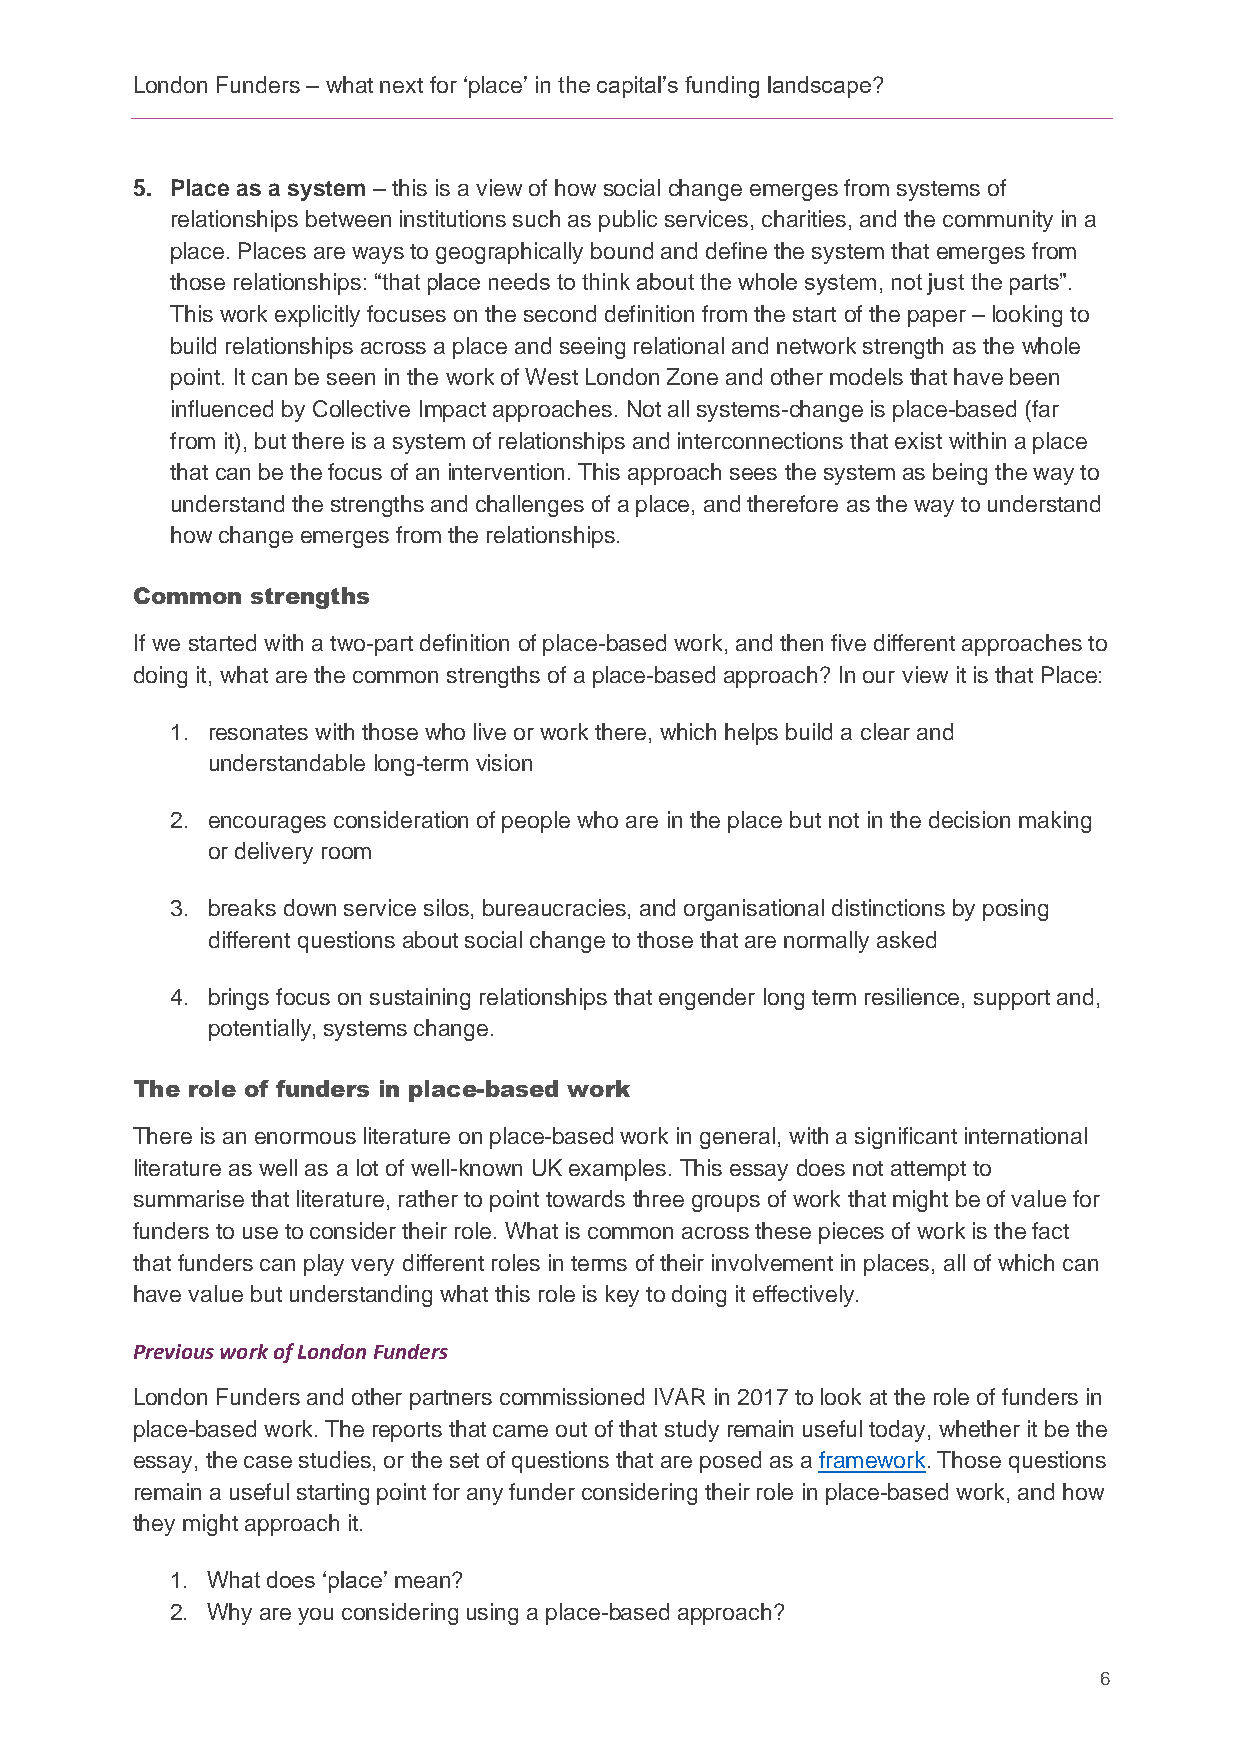
London Funders – what next for ‘place’ in the capital’s funding landscape?
 5. Place as a system – this is a view of how social change emerges from systems of
 relationships between institutions such as public services, charities, and the community in a
 place. Places are ways to geographically bound and define the system that emerges from
 those relationships: “that place needs to think about the whole system, not just the parts”.
 This work explicitly focuses on the second definition from the start of the paper – looking to
 build relationships across a place and seeing relational and network strength as the whole
 point. It can be seen in the work of West London Zone and other models that have been
 influenced by Collective Impact approaches. Not all systems-change is place-based (far
 from it), but there is a system of relationships and interconnections that exist within a place
 that can be the focus of an intervention. This approach sees the system as being the way to
 understand the strengths and challenges of a place, and therefore as the way to understand
 how change emerges from the relationships.
 Common  strengths
 If we started with a two-part definition of place-based work, and then five different approaches to
 doing it, what are the common strengths of a place-based approach? In our view it is that Place:
 1. resonates with those who live or work there, which helps build a clear and
 understandable long-term vision
 2. encourages consideration of people who are in the place but not in the decision making
 or delivery room
 3. breaks down service silos, bureaucracies, and organisational distinctions by posing
 different questions about social change to those that are normally asked
 4. brings focus on sustaining relationships that engender long term resilience, support and,
 potentially, systems change.
 The role of funders in place-based work
 There is an enormous literature on place-based work in general, with a significant international
 literature as well as a lot of well-known UK examples. This essay does not attempt to
 summarise that literature, rather to point towards three groups of work that might be of value for
 funders to use to consider their role. What is common across these pieces of work is the fact
 that funders can play very different roles in terms of their involvement in places, all of which can
 have value but understanding what this role is key to doing it effectively.
 Previous work of London Funders
 London Funders and other partners commissioned IVAR in 2017 to look at the role of funders in
 place-based work. The reports that came out of that study remain useful today, whether it be the
 essay, the case studies, or the set of questions that are posed as a framework. Those questions
 remain a useful starting point for any funder considering their role in place-based work, and how
 they might approach it.
 1. What does ‘place’ mean?
 2. Why are you considering using a place-based approach?
 6